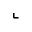
\llcorner